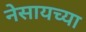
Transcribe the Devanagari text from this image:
नेसायच्या